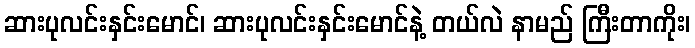
ဆားပုလင်းနှင်းမောင်၊ ဆားပုလင်းနှင်းမောင်နဲ့ တယ်လဲ နာမည် ကြီးတာကိုး၊